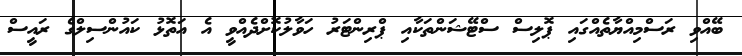
ބޭއްވި ރަސްމިއްޔާތެއްގައި ޕޮލިސް ސްޓޭޝަންތަކާއި ޕްރިންޓަރު ހަވާލުކޮށްދެއްވީ އެ އަތޮޅު ކައުންސިލްގެ ރައީސް